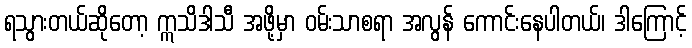
ရသွားတယ်ဆိုတော့ ဣသိဒါသီ အဖို့မှာ ဝမ်းသာစရာ အလွန် ကောင်းနေပါတယ်၊ ဒါကြောင့်